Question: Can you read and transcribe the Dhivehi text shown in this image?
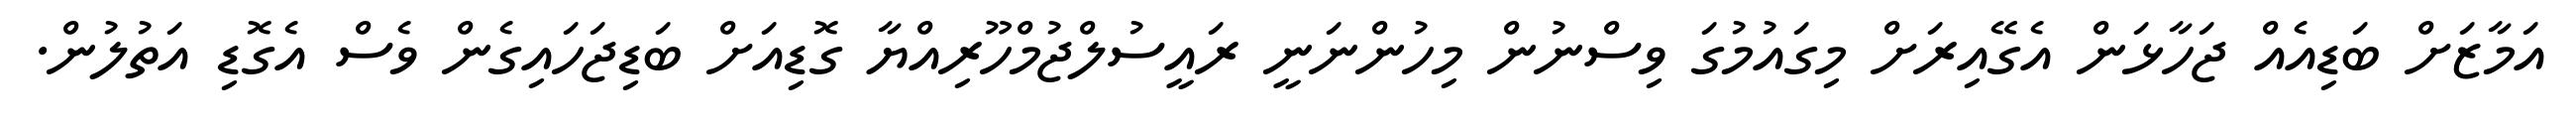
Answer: އަމާޒަށް ބަޑިއެއް ޖަހާޅަން އެގޭއިރަށް މިގައުމުގަ ވިސްނުން މިހުންނަނީ ރައީސުލްޖުމްހޫރިއްޔާ ގޮޑިއަށް ބަޑިޖަހައިގެން ވެސް އެގޮޑި އަތުލުން.